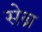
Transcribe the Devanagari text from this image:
सेब्र